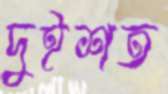
দুইশত